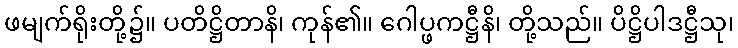
ဖမျက်ရိုးတို့၌။ ပတိဋ္ဌိတာနိ၊ ကုန်၏။ ဂေါပ္ဖကဋ္ဌီနိ၊ တို့သည်။ ပိဋ္ဌိပါဒဋ္ဌီသု၊